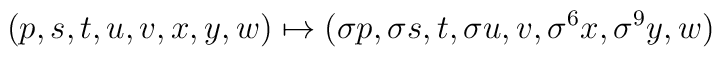
(p, s, t, u, v, x, y, w)\mapsto(\sigma p, \sigma s, t, \sigma u, v,\sigma^6 x, \sigma^9 y, w)